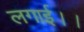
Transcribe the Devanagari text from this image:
लगाई।।